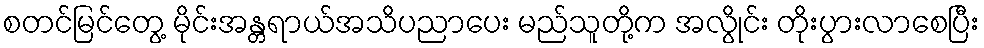
စတင်မြင်တွေ့ မိုင်းအန္တရာယ်အသိပညာပေး မည်သူတို့က အလွိုင်း တိုးပွားလာစေပြီး